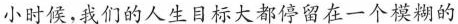
小时候，我们的人生目标大都停留在一个模糊的